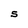
Character: S